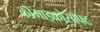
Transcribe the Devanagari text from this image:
कोमाइक्रोसॉफ्ट